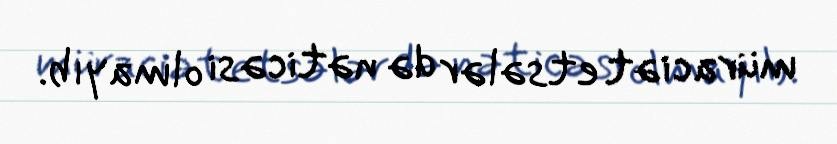
müraciət etsələr də nəticəsi olmayıb.